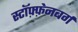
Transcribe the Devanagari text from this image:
स्टॉफ़्फ़ेनबर्ग